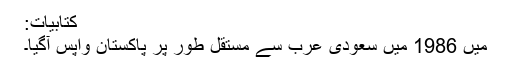
کتابیات:
میں 1986 میں سعودی عرب سے مستقل طور پر پاکستان واپس آگیا۔